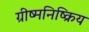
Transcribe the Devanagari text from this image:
ग्रीष्मनिष्क्रिय